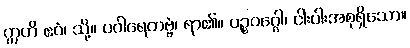
ဣတိ ဧဝံ၊ သို့။ ပဝါရေတဗ္ဗံ၊ ရာ၏။ ပဉ္စဝဂ္ဂေါ၊ ငါးပါးအစုရှိသော။